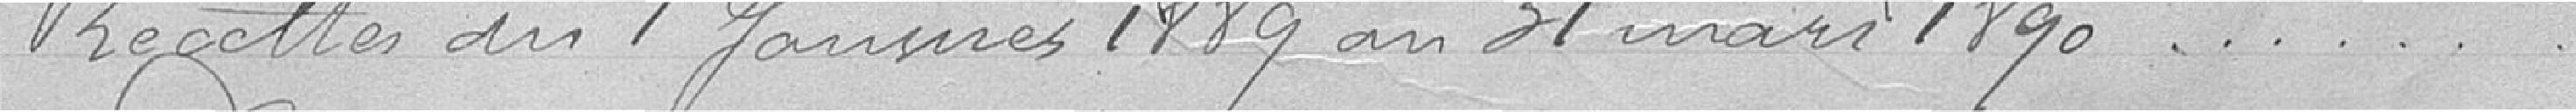
Recettes du 1 janvier 1889 au 31 mars 1890